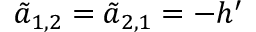
\tilde { a } _ { 1 , 2 } = \tilde { a } _ { 2 , 1 } = - h ^ { \prime }